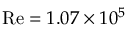
\mathrm { R e } = 1 . 0 7 \times 1 0 ^ { 5 }